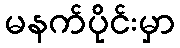
မနက်ပိုင်းမှာ